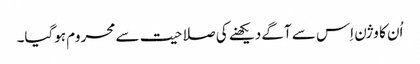
اُن کا وژن اِس سے آگے دیکھنے کی صلاحیت سے محروم ہوگیا۔